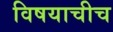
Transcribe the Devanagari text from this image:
विषयाचीच